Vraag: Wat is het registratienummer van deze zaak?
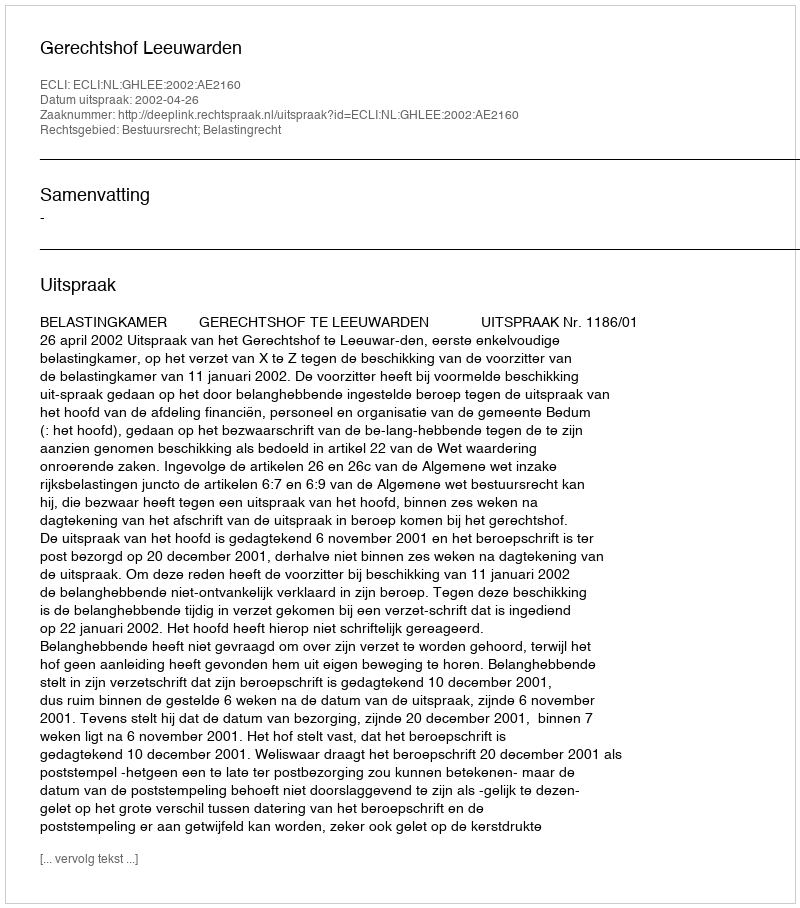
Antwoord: http://deeplink.rechtspraak.nl/uitspraak?id=ECLI:NL:GHLEE:2002:AE2160